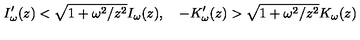
I _ { \omega } ^ { \prime } ( z ) < \sqrt { 1 + \omega ^ { 2 } / z ^ { 2 } } I _ { \omega } ( z ) , \quad - K _ { \omega } ^ { \prime } ( z ) > \sqrt { 1 + \omega ^ { 2 } / z ^ { 2 } } K _ { \omega } ( z )